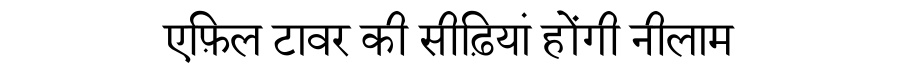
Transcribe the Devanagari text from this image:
एफ़िल टावर की सीढ़ियां होंगी नीलाम